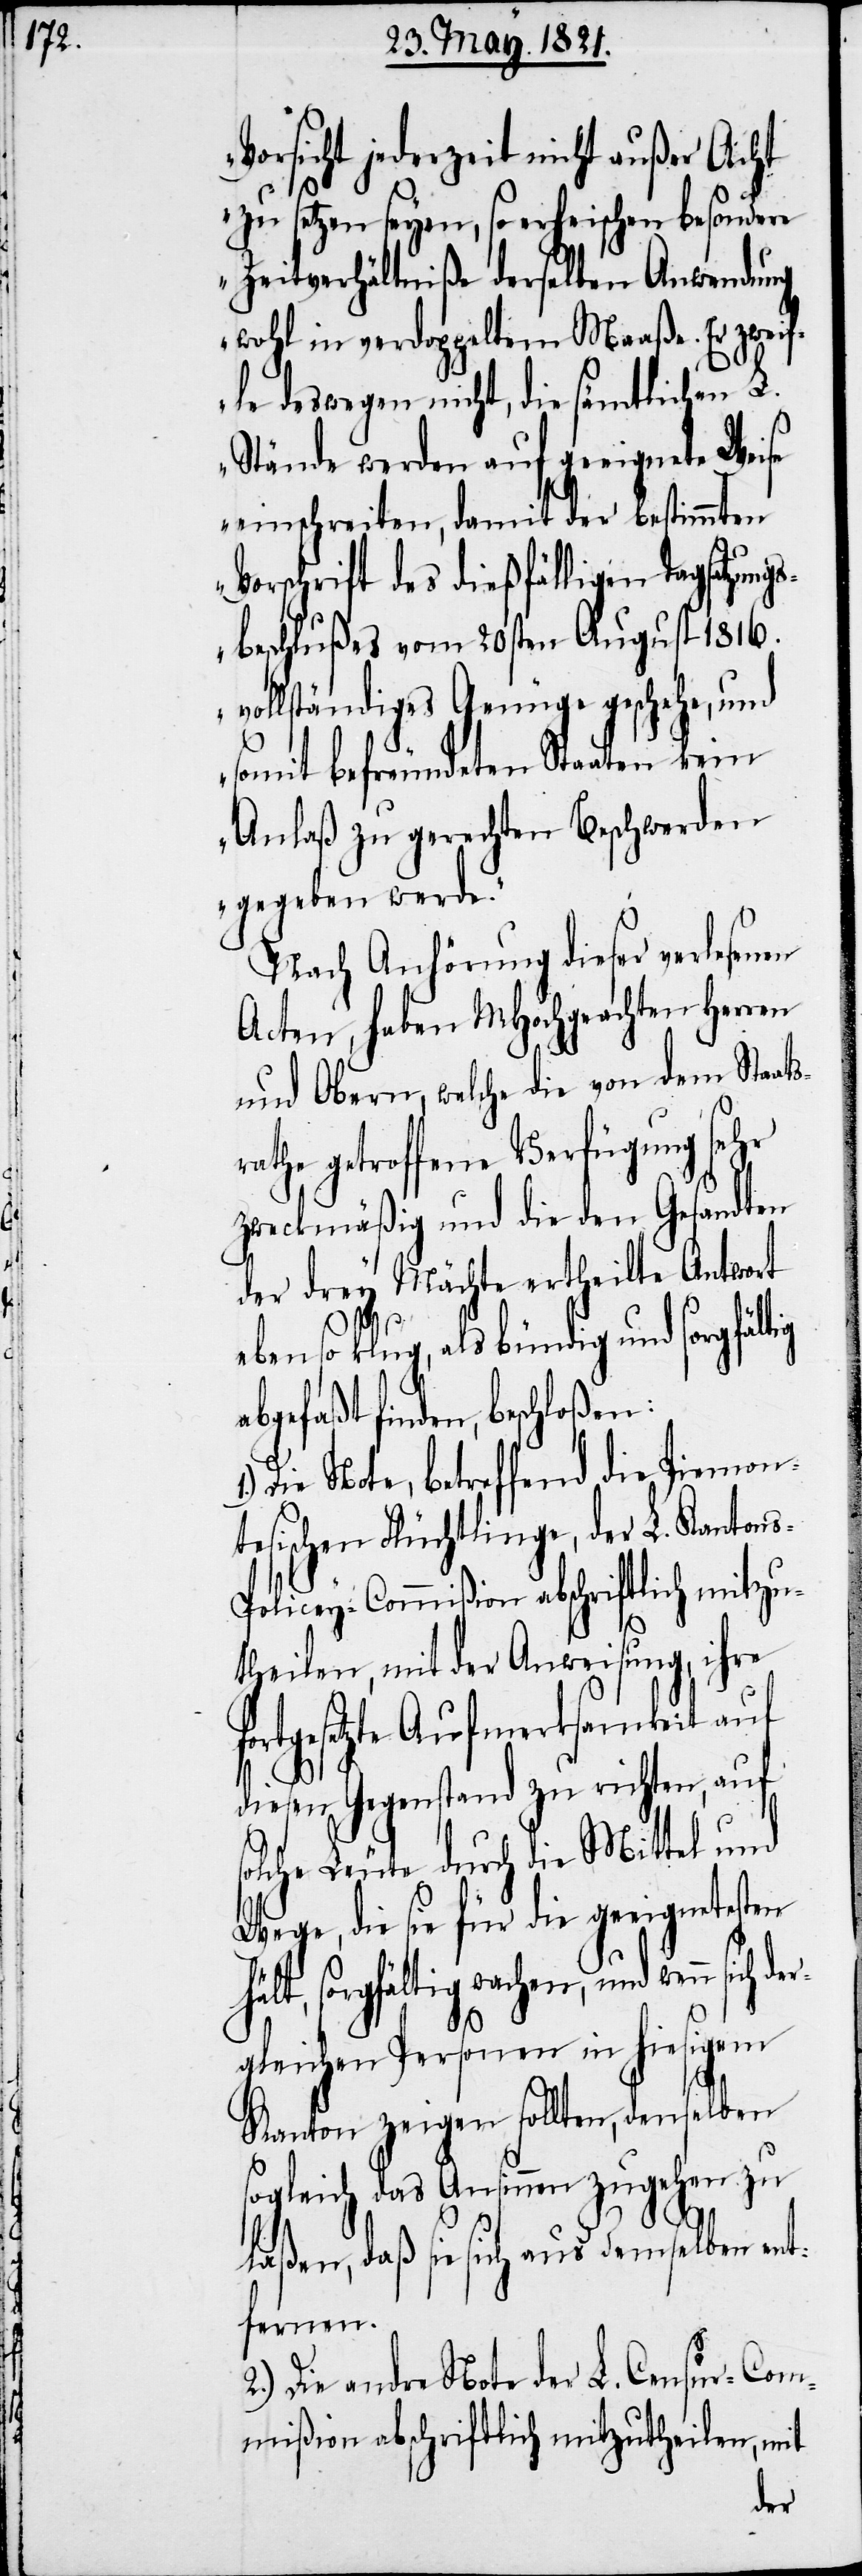
Vorsicht jederzeit nicht außer Acht
zu setzen seyen, so erheischen besondere
Zeitverhältniße derselben Anwendung
wohl in verdoppeltem Maaße. Er zwei¬
fle deswegen nicht, die sämtlichen L.
Stände werden auf geeignete Weise
einschreiten, damit der bestimmten
Vorschrift des dießfälligen Tagsatzungs¬
beschlußes vom 20sten August 1816.
vollständiges Genüge geschehe, und
somit befreundeten Staaten kein
Anlaß zu gerechten Beschwerden
gegeben werde.“
Nach Anhörung dieser verlesenen
Acten, haben MHochgeachten Herren
und Obern, welche die von dem Staats¬
rathe getroffene Verfügung sehr
zweckmäßig und die den Gesandten
der drey Mächte ertheilte Antwort
ebenso klug, als bündig und sorgfäl¬
Die Note, betreffend die Piemon¬
tesischen Flüchtlinge, der Löbl. Kant¬
s-Policey-Commißion abschriftlich mitzu¬
on¬
theilen, mit der Anweisung, ihre
ortgesetzte Aufmerksamkeit auf
diesen Gegenstand zu richten, auf
solche Leute durch die Mittel und
Wege, die sie für die geeignetesten
sorgfältig wachen, und wenn
gleichen Personen in hiesigem
f¬
Kanton zeigen sollten, denselben
sogleich das Ansinnen zugehen zu
laßen, daß sie sich aus demselben ent¬
fernen.
2.) Die andre Note der L. Censur-Com¬
mißion abschriftlich mitzutheilen, mit
der¬